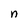
Character: n